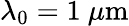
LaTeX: \lambda_{0}=1\ \mu\mathrm{m}